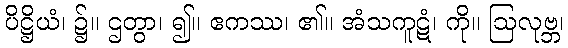
ပိဋ္ဌိယံ၊ ၌။ ဌတွာ၊ ၍။ ဧကဿ၊ ၏။ အံသကူဋံ၊ ကို။ ဩလုဗ္ဘ၊